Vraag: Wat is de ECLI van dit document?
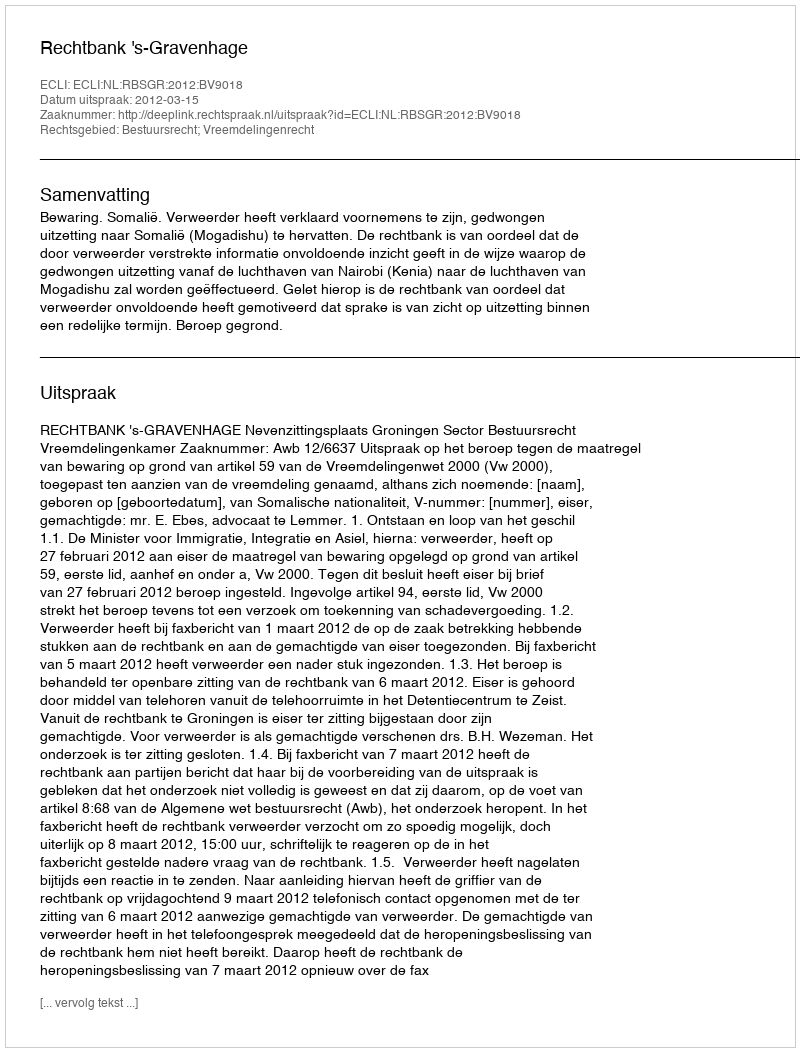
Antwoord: ECLI:NL:RBSGR:2012:BV9018